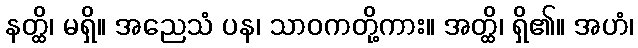
နတ္ထိ၊ မရှိ။ အညေသံ ပန၊ သာဝကတို့ကား။ အတ္ထိ၊ ရှိ၏။ အဟံ၊